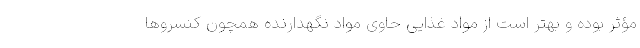
مؤثر بوده و بهتر است از مواد غذایی حاوی مواد نگهدارنده همچون کنسروها